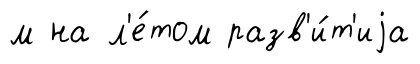
м на л'е́том разв'и́т'иjа